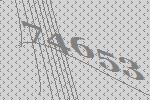
74653